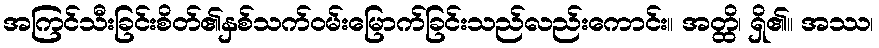
အကြင်သီးခြင်းစိတ်၏နှစ်သက်ဝမ်းမြောက်ခြင်းသည်လည်းကောင်း။ အတ္ထိ၊ ရှိ၏။ အဿ၊